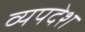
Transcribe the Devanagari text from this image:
व्यपदेश